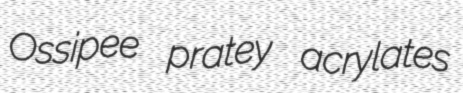
Ossipee pratey acrylates